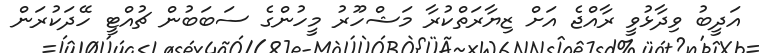
އަދީބު ވިދާޅުވީ ރާއްޖެ އަށް ޒިޔާރަތްކުރާ މަޝްހޫރު މީހުންގެ ސަބަބުން ޗުއްޓީ ހޭދަކުރަން